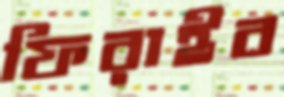
ফিরাইব